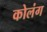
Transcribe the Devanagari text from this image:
कोलंग